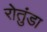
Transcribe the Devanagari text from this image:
रोतुंडा